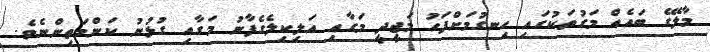
މާލޭގެ ބައެއް މަގުތަކުގައި ހިނގުމަށްފަހު މަޖީދީ މަގާއި އަލިކިލެގެފާނު މަގާއި ގުޅުނު ކަންމަތިންނެވެ.